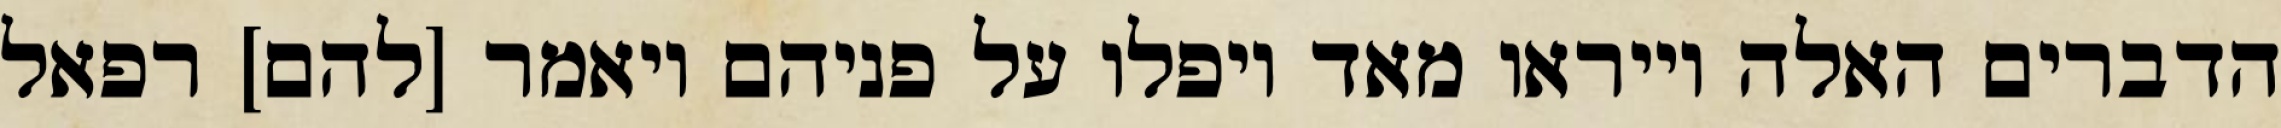
הדברים האלה וייראו מאד ויפלו על פניהם ויאמר [להם] רפאל